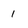
Character: 1